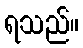
ရသည်။